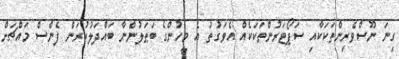
ގިނަ ނޫސްވެރިންތަކަކާއި ސަޕޯޓަރުންތަކަކެއް އެވަގުތު އެ މީހުންގެ ބަޠަލުންނާ ބައްދަލުކުރަން ފެންސް މައްޗަށް